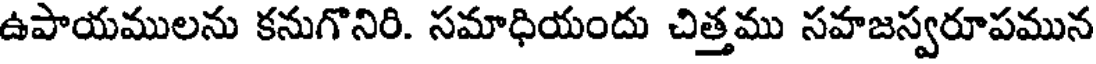
ఉపాయములను కనుగొనిరి. సమాధియందు చిత్తము సహజస్వరూపమున